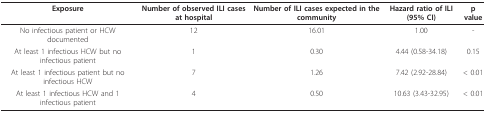
<table><thead><tr><td><b>Exposure</b></td><td><b>Number of observed ILI cases at hospital</b></td><td><b>Number of ILI cases expected in the community</b></td><td><b>Hazard ratio of ILI (95% CI)</b></td><td><b>p value</b></td></tr></thead><tbody><tr><td>No infectious patient or HCW documented</td><td>12</td><td>16.01</td><td>1.00</td><td>-</td></tr><tr><td>At least 1 infectious HCW but no infectious patient</td><td>1</td><td>0.30</td><td>4.44 (0.58-34.18)</td><td>0.15</td></tr><tr><td>At least 1 infectious patient but no infectious HCW</td><td>7</td><td>1.26</td><td>7.42 (2.92-28.84)</td><td>&lt; 0.01</td></tr><tr><td>At least 1 infectious HCW and 1 infectious patient</td><td>4</td><td>0.50</td><td>10.63 (3.43-32.95)</td><td>&lt; 0.01</td></tr></tbody></table>